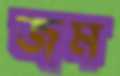
জম